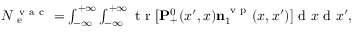
\begin{array} { r } { N _ { \mathrm { ~ e ~ } } ^ { \mathrm { ~ v ~ a ~ c ~ } } = \int _ { - \infty } ^ { + \infty } \int _ { - \infty } ^ { + \infty } \ensuremath { \mathrm { ~ t ~ r ~ } } [ \ensuremath { \mathbf { P } } _ { + } ^ { 0 } ( x ^ { \prime } , x ) \ensuremath { \mathbf { n } } _ { 1 } ^ { \mathrm { ~ v ~ p ~ } } ( x , x ^ { \prime } ) ] \ensuremath { \mathrm { ~ d ~ } } x \ensuremath { \mathrm { ~ d ~ } } x ^ { \prime } , } \end{array}